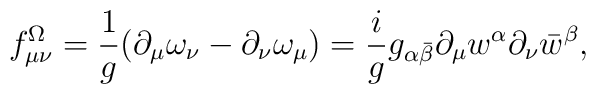
f_{\mu\nu}^\Omega = {1 \over g} (\partial_\mu \omega_\nu - \partial_\nu \omega_\mu )=   {i \over g} g_{\alpha\bar \beta} \partial_\mu w^{\alpha} \partial_\nu \bar w^{\beta} ,